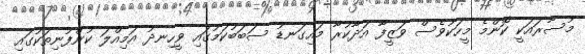
މުސާރައަކީ ކޮންމެ މީހަކުވެސް ވަޒީފާ އަދާކުރާ މައިގަނޑު ސަބަބުކަމުގައި ވީހިނދު އަމިއްލަ ކުންފުނިތަކުގައި